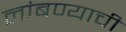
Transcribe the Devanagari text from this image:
लांबण्याची